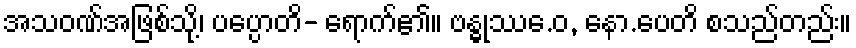
အသဝဏ်အဖြစ်သို့၊ ပပ္ပောတိ- ရောက်၏။ ဗန္ဓုဿေ.ဝ, နော.ပေတိ စသည်တည်း။